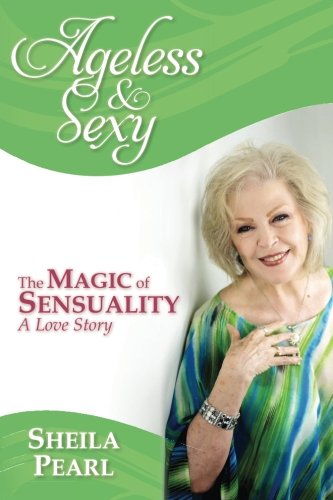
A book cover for Ageless and Sexy: The Magic of Sensuality--A Love Story; Sheila Pearl; Self-Help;